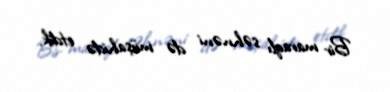
Bir maraqlı səhnəni də müşahidə etdik.